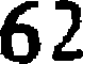
62